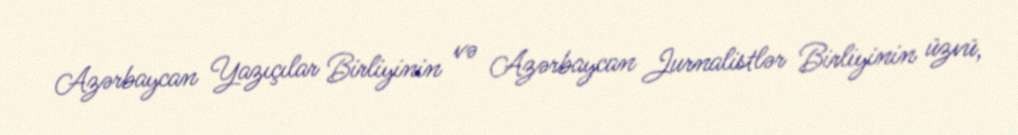
Azərbaycan Yazıçılar Birliyinin və Azərbaycan Jurnalistlər Birliyinin üzvü,